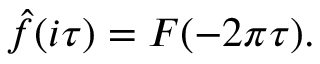
{ \hat { f } } ( i \tau ) = F ( - 2 \pi \tau ) .